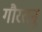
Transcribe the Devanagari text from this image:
गौरतनु